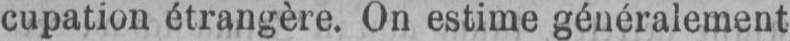
cupation étrangère. On estime généralement